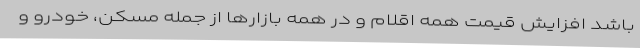
باشد افزایش قیمت همه اقلام و در همه بازارها از جمله مسکن، خودرو و